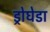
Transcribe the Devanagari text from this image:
ड्रोघेडा